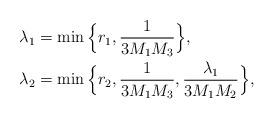
LaTeX: \begin{align*}\lambda_1 &= \min\Big\{r_1,\frac{1}{3 M_1 M_3}\Big\},\\\lambda_2 &= \min\Big\{r_2,\frac{1}{3 M_1 M_3}, \frac{\lambda_1}{3 M_1 M_2}\Big\},\end{align*}